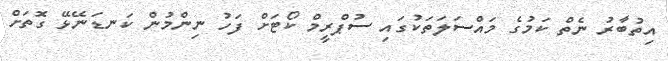
އިތުބާރު ނެތް ކަމުގެ މައްސަލަތަކުގައި ސުޕްރީމް ކޯޓަށް ފަހު ނިންމުން ކަނޑަނޭޅޭ ގޮތަށް